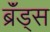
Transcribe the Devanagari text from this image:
ब्रॅंड्स